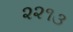
૨૨૧૩